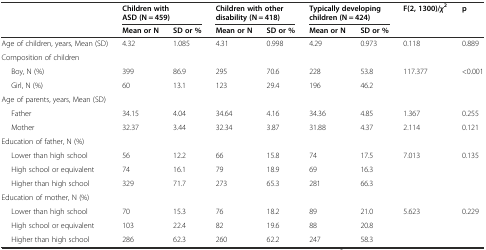
<table><thead><tr><td rowspan="2"></td><td colspan="2"><b>Children with ASD (N = 459)</b></td><td colspan="2"><b>Children with other disability (N = 418)</b></td><td colspan="2"><b>Typically developing children (N = 424)</b></td><td rowspan="2"><b>F(2, 1300)/<i>χ</i><sup>2</sup></b></td><td rowspan="2"><b>p</b></td></tr><tr><td><b>Mean or N</b></td><td><b>SD or %</b></td><td><b>Mean or N</b></td><td><b>SD or %</b></td><td><b>Mean or N</b></td><td><b>SD or %</b></td></tr></thead><tbody><tr><td>Age of children, years, Mean (SD)</td><td>4.32</td><td>1.085</td><td>4.31</td><td>0.998</td><td>4.29</td><td>0.973</td><td>0.118</td><td>0.889</td></tr><tr><td>Composition of children</td><td></td><td></td><td></td><td></td><td></td><td></td><td></td><td></td></tr><tr><td>Boy, N (%)</td><td>399</td><td>86.9</td><td>295</td><td>70.6</td><td>228</td><td>53.8</td><td>117.377</td><td>&lt;0.001</td></tr><tr><td>Girl, N (%)</td><td>60</td><td>13.1</td><td>123</td><td>29.4</td><td>196</td><td>46.2</td><td></td><td></td></tr><tr><td>Age of parents, years, Mean (SD)</td><td></td><td></td><td></td><td></td><td></td><td></td><td></td><td></td></tr><tr><td>Father</td><td>34.15</td><td>4.04</td><td>34.64</td><td>4.16</td><td>34.36</td><td>4.85</td><td>1.367</td><td>0.255</td></tr><tr><td>Mother</td><td>32.37</td><td>3.44</td><td>32.34</td><td>3.87</td><td>31.88</td><td>4.37</td><td>2.114</td><td>0.121</td></tr><tr><td>Education of father, N (%)</td><td></td><td></td><td></td><td></td><td></td><td></td><td></td><td></td></tr><tr><td>Lower than high school</td><td>56</td><td>12.2</td><td>66</td><td>15.8</td><td>74</td><td>17.5</td><td>7.013</td><td>0.135</td></tr><tr><td>High school or equivalent</td><td>74</td><td>16.1</td><td>79</td><td>18.9</td><td>69</td><td>16.3</td><td></td><td></td></tr><tr><td>Higher than high school</td><td>329</td><td>71.7</td><td>273</td><td>65.3</td><td>281</td><td>66.3</td><td></td><td></td></tr><tr><td>Education of mother, N (%)</td><td></td><td></td><td></td><td></td><td></td><td></td><td></td><td></td></tr><tr><td>Lower than high school</td><td>70</td><td>15.3</td><td>76</td><td>18.2</td><td>89</td><td>21.0</td><td>5.623</td><td>0.229</td></tr><tr><td>High school or equivalent</td><td>103</td><td>22.4</td><td>82</td><td>19.6</td><td>88</td><td>20.8</td><td></td><td></td></tr><tr><td>Higher than high school</td><td>286</td><td>62.3</td><td>260</td><td>62.2</td><td>247</td><td>58.3</td><td></td><td></td></tr></tbody></table>